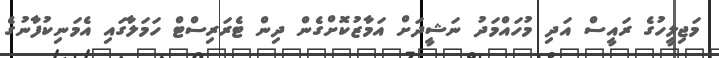
މަޖިލީހުގެ ރައީސް އަދި މުހައްމަދު ނަޝީދަށް އަމާޒުކޮށްގެން ދިން ޓެރަރިސްޓް ހަމަލާގައި އެމަނިކުފާނުގެ